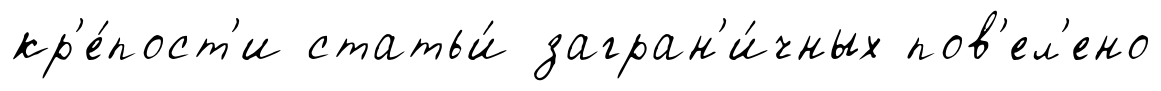
кр'е́пост'и статьи́ загран'и́чных пов'ел'ено